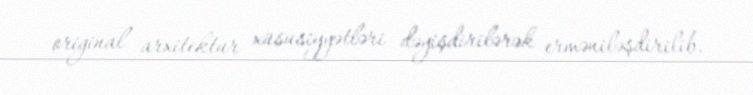
original arxitektur xüsusiyyətləri dəyişdirilərək erməniləşdirilib.